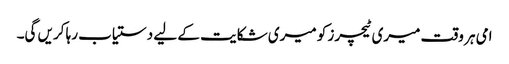
امی ہر وقت میری ٹیچرز کو میری شکایت کے لیے دستیاب رہا کریں گی۔